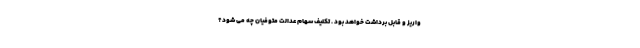
واریز و قابل برداشت خواهد بود . تکلیف سهام عدالت متوفیان چه می شود؟